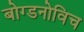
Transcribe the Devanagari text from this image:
बोग्डनोविच